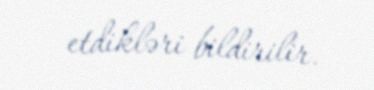
etdikləri bildirilir.